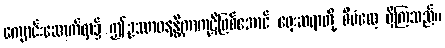
ကျောင်းဆောက်ရာ၌ ဤဥဿာဝနန္တိကာကုဋိဖြစ်အောင် ရှေးဆရာတို့ စီမံလေ့ ရှိကြသည်။